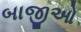
બાજીઓ